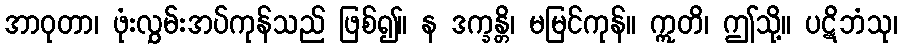
အာဝုတာ၊ ဖုံးလွှမ်းအပ်ကုန်သည် ဖြစ်၍။ န ဒက္ခန္တိ၊ မမြင်ကုန်။ ဣတိ၊ ဤသို့။ ပဋိဘံသု၊